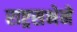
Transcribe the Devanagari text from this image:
राष्ट्रसभेने